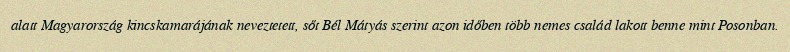
alatt Magyarország kincskamarájának neveztetett, sőt Bél Mátyás szerint azon időben több nemes család lakott benne mint Posonban.